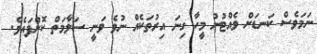
ނަމަވެސް ކަނޑަށް ވެއްޓުނު މީހާ ގިނަ އިރުތަކެއް ނުވެ ވަނީ ސަލާމަތް ކޮށްފައެވެ.